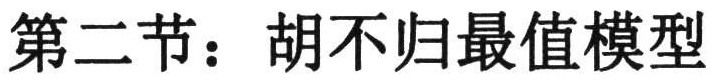
第二节：胡不归最值模型